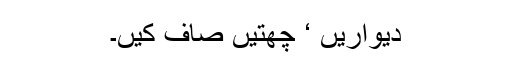
دیواریں ‘ چھتیں صاف کیں۔